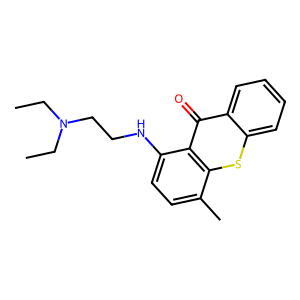
SMILES: CCN(CC)CCNc1ccc(C)c2sc3ccccc3c(=O)c12
Inhibits HIV replication: No